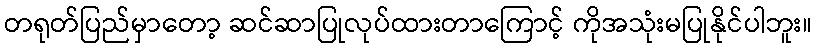
တရုတ်ပြည်မှာတော့ ဆင်ဆာပြုလုပ်ထားတာကြောင့် ကိုအသုံးမပြုနိုင်ပါဘူး။